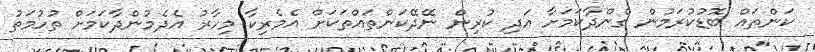
ކަންތައް ބޮޑުކުރަމުން ގެންދާކަމަށާ އަދި ކުރިން ނޭދޭކަންތައްތަކަށް އެމެރިކާ މިހާރު އެދެމުންދާކަމަށް ތުހުމަތު